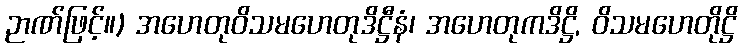
ဉာဏ်ဖြင့်။) အဟေတုဝိသမဟေတုဒိဋ္ဌီနံ၊ အဟေတုကဒိဋ္ဌိ, ဝိသမဟေတိုဋ္ဌိ